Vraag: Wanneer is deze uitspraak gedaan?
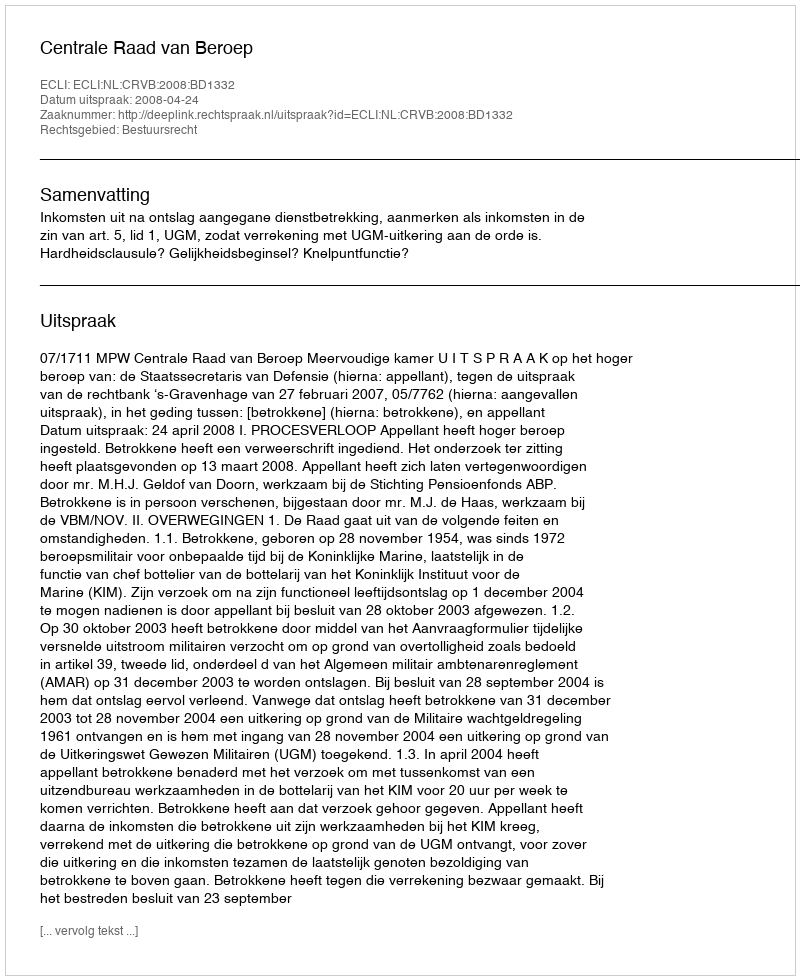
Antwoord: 2008-04-24